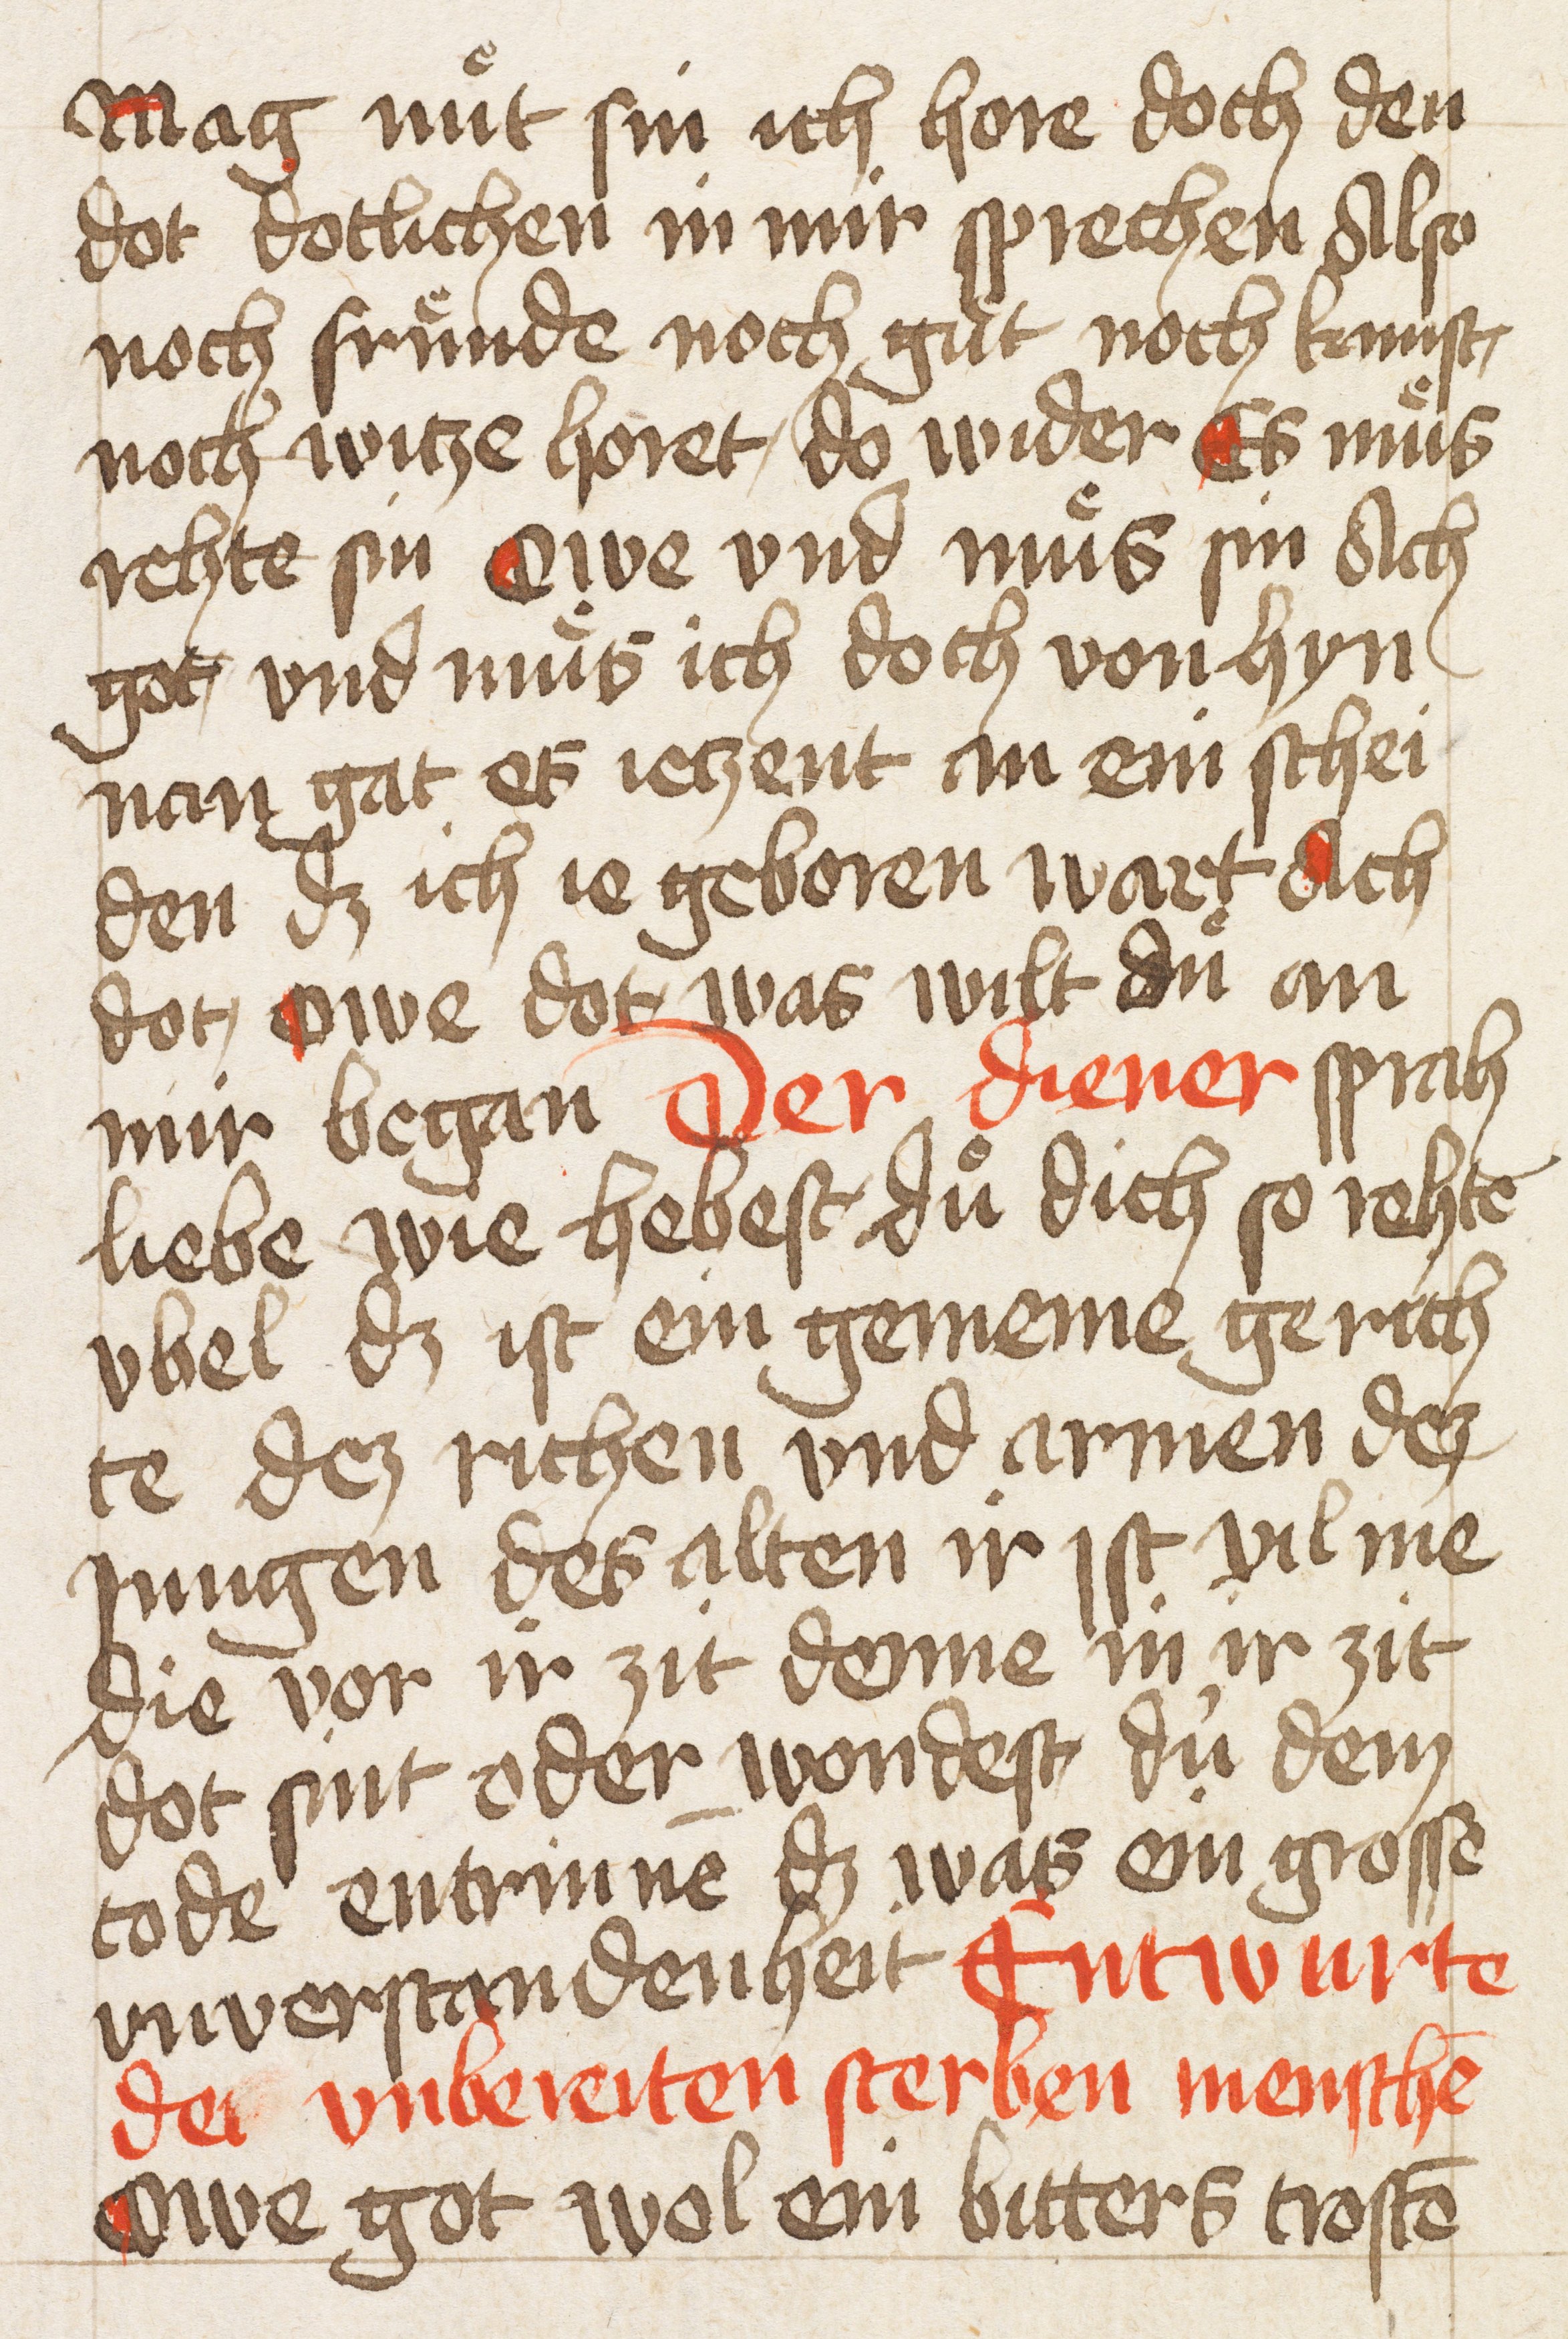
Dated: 1400–1499